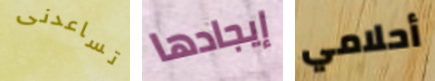
تساعدنى إيجادها أحلامي